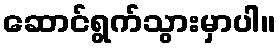
ဆောင်ရွက်သွားမှာပါ။